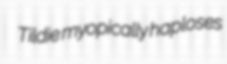
Tildie myopically haploses